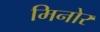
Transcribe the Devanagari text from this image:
मिनोर